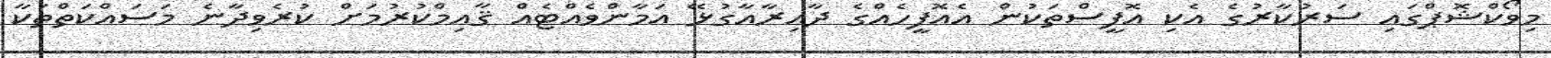
މިވޯކްޝޮޕްގައި ސަރުކާރުގެ އެކި އޮފީސްތަކުން އެއޮފީހެއްގެ ދާއިރާއާގުޅޭ އަމާންވެއްޓެއް ޤާއިމްކުރުމަށް ކުރެވިދާނެ މަސައްކަތްތަކާ